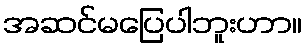
အဆင်မပြေပါဘူးဟာ။